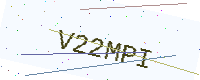
Text: V22MPI